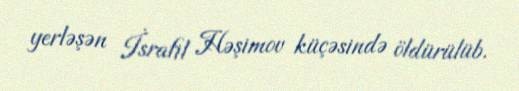
yerləşən İsrafil Həşimov küçəsində öldürülüb.